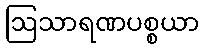
ဩသာရဏပစ္စယာ